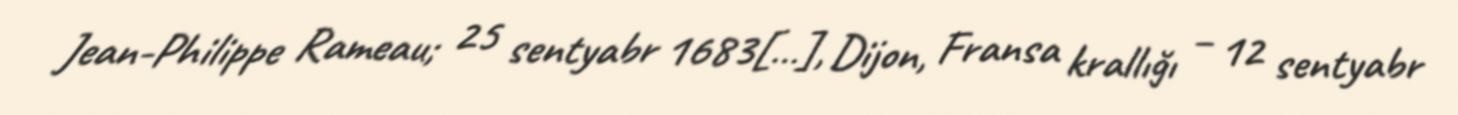
Jean-Philippe Rameau; 25 sentyabr 1683[…], Dijon, Fransa krallığı – 12 sentyabr